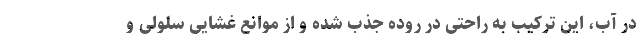
در آب، این ترکیب به راحتی در روده جذب شده و از موانع غشایی سلولی و